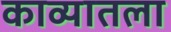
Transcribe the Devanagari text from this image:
काव्यातला